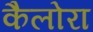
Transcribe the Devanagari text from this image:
कैलोरा